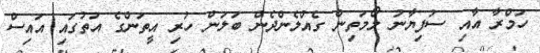
ހަމްރާ އާއި ސުފިޔާނު ލޯމަތިން ގެއްލެންދެން ބަލަން ހުރި އީތަންގެ އަތުގައި އައިސް